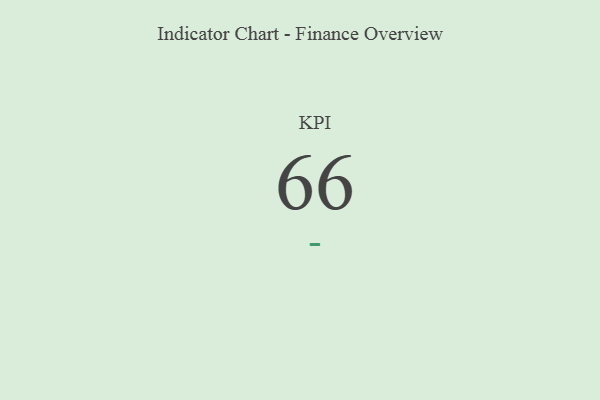
{"axis": {"x": "KPI", "y": "Value"}, "legend": [""], "data": [{"x": "KPI", "y": 66, "type": ""}]}